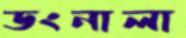
ডংনালা